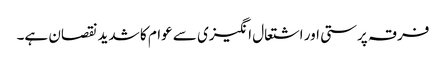
فرقہ پرستی اور اشتعال انگیزی سے عوام کا شدید نقصان ہے۔